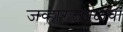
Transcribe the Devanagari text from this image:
जव्हारजवळचा